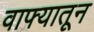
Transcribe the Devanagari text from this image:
वाफ्यातून